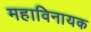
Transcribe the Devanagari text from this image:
महाविनायक